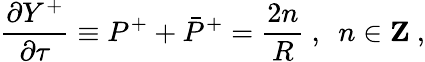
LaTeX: \frac{\partial Y^{+}}{\partial\tau}\equiv P^{+}+\bar{P}^{+}=\frac{2n}{R}~,~~n\in{\mathbf Z}~,